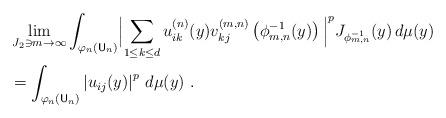
LaTeX: \begin{align*}&\lim_{J_2\ni m\to\infty}\int_{\varphi_n(\mathsf{U}_n)} \Bigl|\sum_{1\leq k\leq d} u_{ik}^{(n)}(y) v_{kj}^{(m,n)}\left(\phi_{m,n}^{-1}(y)\right) \, \Bigr|^p J_{\phi_{m,n}^{-1}}(y)\,d\mu(y) \\&=\int_{\varphi_n(\mathsf{U}_n)} \left|u_{ij}(y)\right|^p\,d\mu(y) \ .\end{align*}